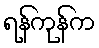
ရန်ကုန်က